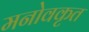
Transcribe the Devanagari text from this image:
मनोवकृत